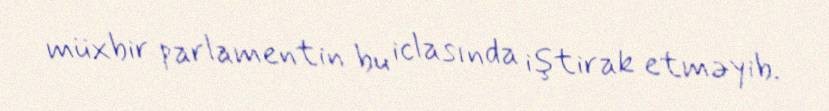
müxbir parlamentin bu iclasında iştirak etməyib.